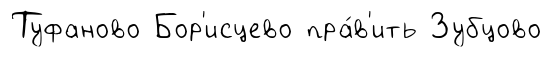
Туфаново Бор'исцево пра́в'ить Зубцово